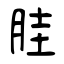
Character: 胿